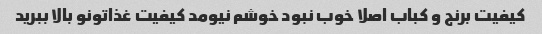
کیفیت برنج و کباب اصلا خوب نبود خوشم نیومد کیفیت غذاتونو بالا ببرید